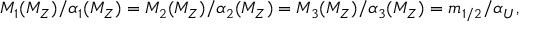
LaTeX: M _ { 1 } ( M _ { Z } ) / \alpha _ { 1 } ( M _ { Z } ) = M _ { 2 } ( M _ { Z } ) / \alpha _ { 2 } ( M _ { Z } ) = M _ { 3 } ( M _ { Z } ) / \alpha _ { 3 } ( M _ { Z } ) = m _ { 1 / 2 } / \alpha _ { U } ,